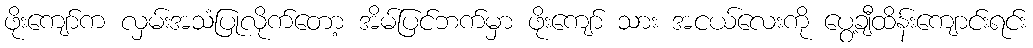
ဖိုးကျော်က လှမ်းအသံပြုလိုက်တော့ အိမ်ပြင်ဘက်မှာ ဖိုးကျော် သား အငယ်လေးကို ပွေ့ချီထိန်းကျောင်းရင်း